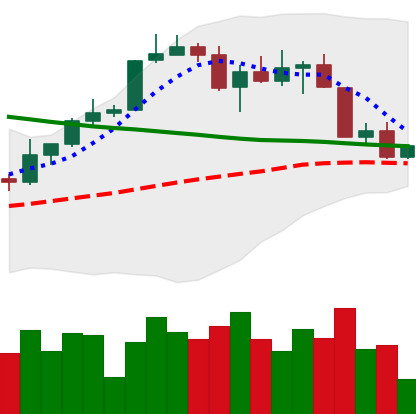
Ticker: BTC-USD
Chart end date: 2022-04-09
Forward return: -6.654%
Label: down_5_7